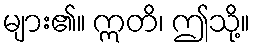
များ၏။ ဣတိ၊ ဤသို့။